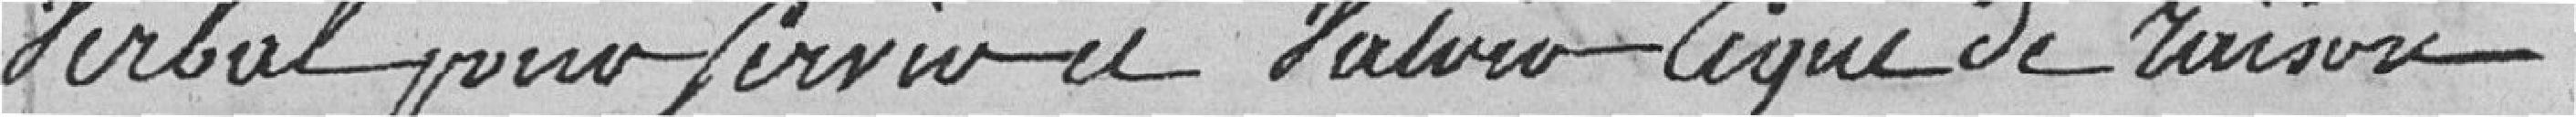
verbal pour servir et valoir ce que de raison.